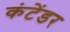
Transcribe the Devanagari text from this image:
कंटेंडर